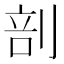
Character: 剖